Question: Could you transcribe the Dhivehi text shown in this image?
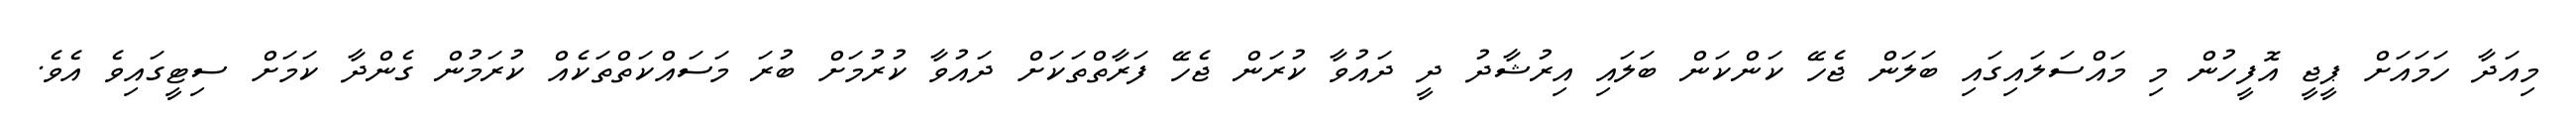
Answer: މިއަދާ ހަމައަށް ޕީޖީ އޮފީހުން މި މައްސަލައިގައި ބަލަން ޖެހޭ ކަންކަން ބަލައި އިރުޝާދު ދީ ދައުވާ ކުރަން ޖެހޭ ފަރާތްތަކަށް ދައުވާ ކުރުމަށް ބުރަ މަސައްކަތްތަކެއް ކުރަމުން ގެންދާ ކަމަށް ސިޓީގައިވެ އެވެ.